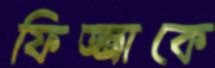
ফিজ্জাকে